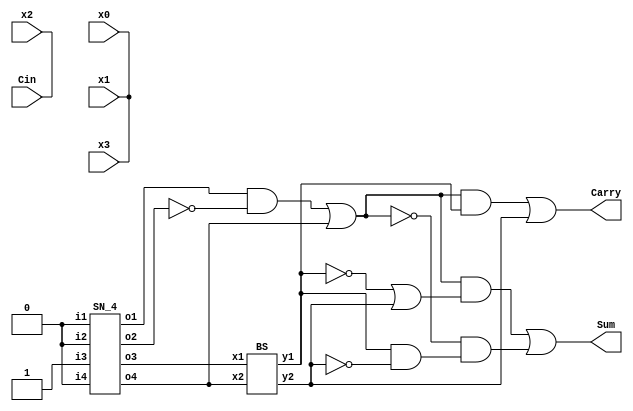
`timescale 1ns / 1ps
//////////////////////////////////////////////////////////////////////////////////
// Company: 
// Engineer: 
// 
// Design Name: 
// Module Name: 4_2_exact
// Project Name: 
// Target Devices: 
// Tool Versions: 
// Description: 
// 
// Dependencies: 
// 
// Revision:
// Revision 0.01 - File Created
// Additional Comments:
// 
//////////////////////////////////////////////////////////////////////////////////


module exact_4_2(x0,x1,x2,x3,Cin,Carry,Sum);
input x0,x1,x2,x3,Cin;
output Carry,Sum;
wire A,B,C,D;
wire AB,S0,h1,h2,w1,w2,w3;
assign {x0,x1,x2,x3} = 4'b0010;
assign Cin = 1'b1;

SN_4 D0 (x0,x1,x2,x3,A,B,C,D);
assign AB = A & (~B);
assign S0 = AB | D;
BS D1 (C,D,h1,h2);
assign w1 = S0 & h1;
assign Carry = w1 | h2;
assign w2 = h1 & (~h2);
assign w3 = (~h1) | h2;
assign Sum = (S0 & w3) | ((~S0) & w2);

endmodule

module BS(x1,x2,y1,y2);

input x1,x2;
output y1,y2;

assign y1 = x1 | x2;
assign y2 = x1 & x2;

endmodule

module SN_4(i1,i2,i3,i4,o1,o2,o3,o4);

output o1,o2,o3,o4;
input i1,i2,i3,i4;
wire w1,w2,w3,w4,w22,w33;

BS BS_1(.x1(i1),.x2(i2),.y1(w1),.y2(w2));
BS BS_2(.x1(i3),.x2(i4),.y1(w3),.y2(w4));
BS BS_3(.x1(w1),.x2(w3),.y1(o1),.y2(w33));
BS BS_4(.x1(w2),.x2(w4),.y1(w22),.y2(o4));
BS BS_5(.x1(w22),.x2(w33),.y1(o2),.y2(o3));

endmodule